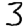
Digit: 3